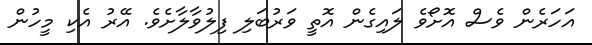
އަހަރެން ވެސް އޮށޯވެ ލައިގެން އޮތީ ވަރުބަލި ފިލުވާލާށެވެ. އޭރު އެކި މީހުން